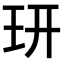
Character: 𤣿